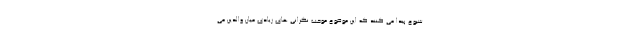
شیوع پیدا می کنند که این موضوع موجب نگرانی های زیادی میان والدین می